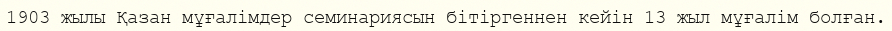
1903 жылы Қазан мұғалімдер семинариясын бітіргеннен кейін 13 жыл мұғалім болған.